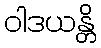
ဝါဒယန္တိ